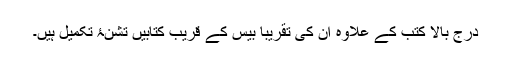
درج بالا کتب کے علاوہ ان کی تقریباً بیس کے قریب کتابیں تشنۂ تکمیل ہیں۔